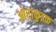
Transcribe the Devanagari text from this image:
ओराकुइक